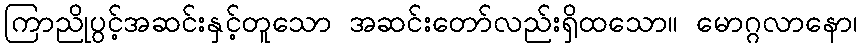
ကြာညိုပွင့်အဆင်းနှင့်တူသော အဆင်းတော်လည်းရှိထသော။ မောဂ္ဂလာနော၊